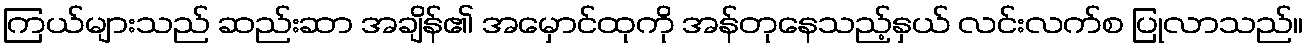
ကြယ်များသည် ဆည်းဆာ အချိန်၏ အမှောင်ထုကို အန်တုနေသည့်နှယ် လင်းလက်စ ပြုလာသည်။